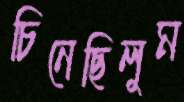
চিনেছিলুম